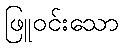
ဖြူဝင်းသော